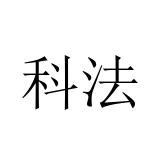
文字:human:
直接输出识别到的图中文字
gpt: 科法